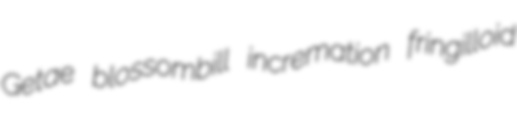
Getae blossombill incremation fringilloid